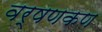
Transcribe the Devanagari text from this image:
वर्षणकण